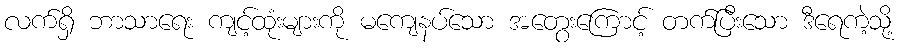
လက်ရှိ ဘာသာရေး ကျင့်ထုံးများကို မကျေနပ်သော အတွေးကြောင့် တက်ပြီးသော ဒီရေကဲ့သို့